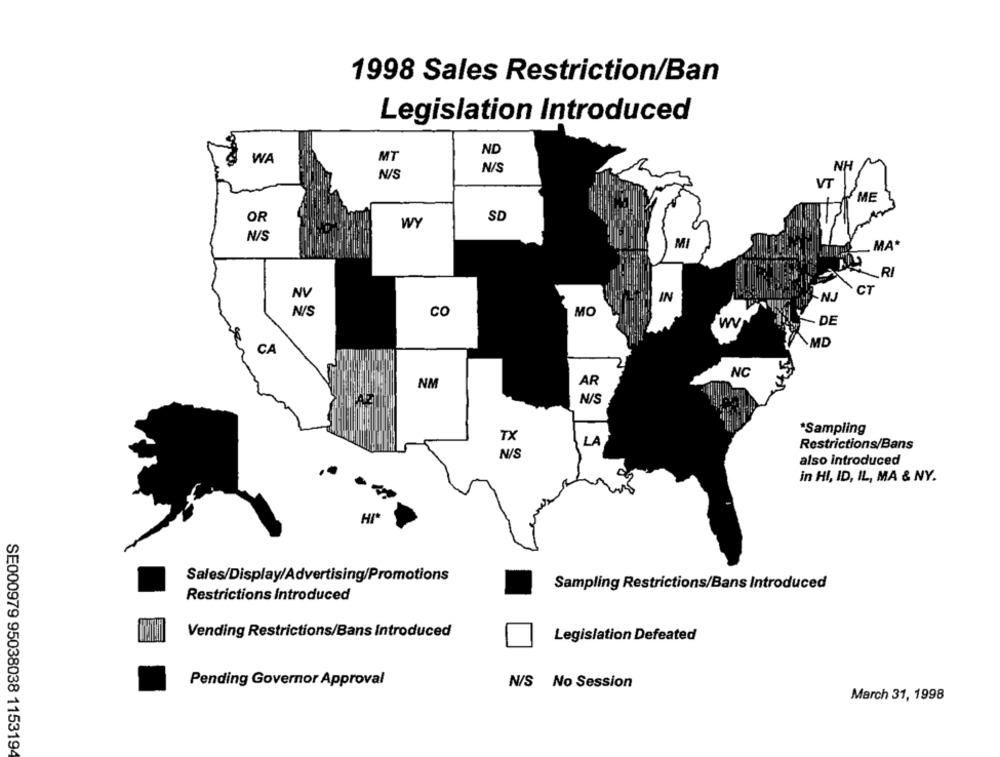
1998 Sales Restriction/Ban
Legislation Introduced
WA
ND
MT
NH
N/S
N/S
VT
ME
OR
SD
WY
N/S
MI
MA"
RI
NV
IN
NJ
N/S
CO
MO
W
DE
CA
MD
NC
NM
AR
N/S
*Sampling
TX
LA
Restrictions/Bans
N/S
also introduced
in HI, ID, IL, MA & NY.
HI*
Sales/Display/Advertising/Promotions
Sampling Restrictions/Bans Introduced
Restrictions Introduced
Vending Restrictions/Bans Introduced
Legislation Defeated
Pending Governor Approval
N/S No Session
March 31, 1998
SE000979 95038038 1153194